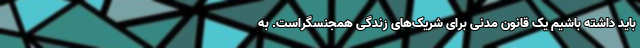
باید داشته باشیم یک قانون مدنی برای شریک‌های زندگی همجنسگراست. به